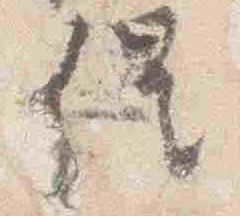
催